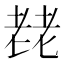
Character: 䎜